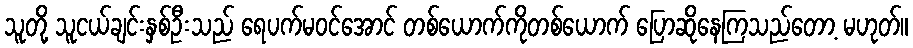
သူတို့ သူငယ်ချင်းနှစ်ဦးသည် ရေပက်မဝင်အောင် တစ်ယောက်ကိုတစ်ယောက် ပြောဆိုနေကြသည်တော့ မဟုတ်။